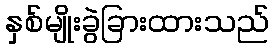
နှစ်မျိုးခွဲခြားထားသည်